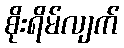
စိုးရိမ်လျက်